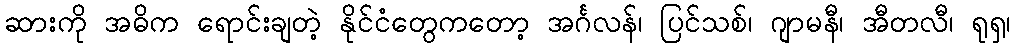
ဆားကို အဓိက ရောင်းချတဲ့ နိုင်ငံတွေကတော့ အင်္ဂလန်၊ ပြင်သစ်၊ ဂျာမနီ၊ အီတလီ၊ ရုရှ၊